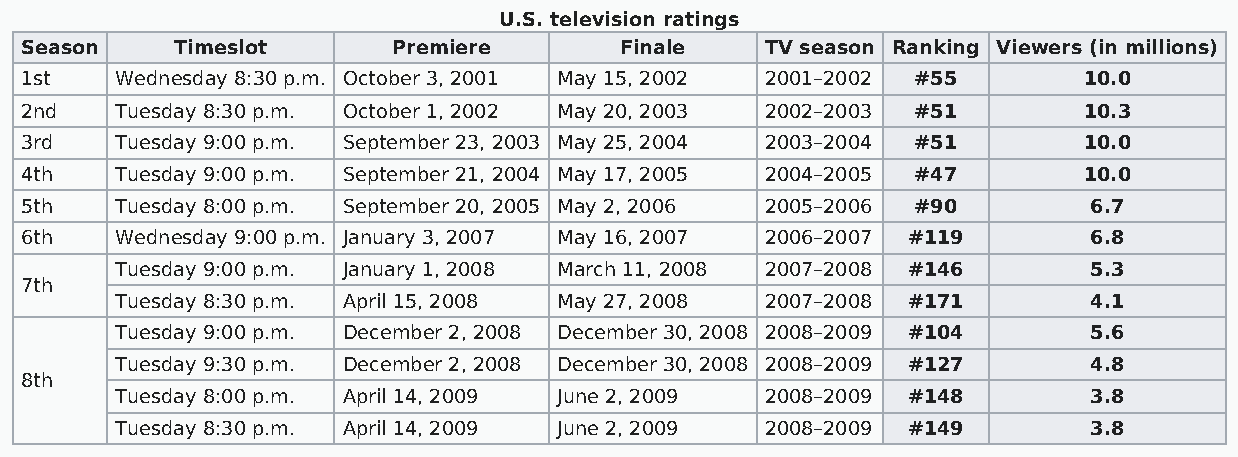
U.S. television ratings
 Season     Timeslot      Premiere       Finale    TV season Ranking Viewers (in millions)
 1st    Wednesday 8:30 p.m. October 3, 2001 May 15, 2002 2001–2002 #55  10.0
 2nd    Tuesday 8:30 p.m. October 1, 2002 May 20, 2003 2002–2003 #51    10.3
 3rd    Tuesday 9:00 p.m. September 23, 2003 May 25, 2004 2003–2004 #51 10.0
 4th    Tuesday 9:00 p.m. September 21, 2004 May 17, 2005 2004–2005 #47 10.0
 5th    Tuesday 8:00 p.m. September 20, 2005 May 2, 2006 2005–2006 #90  6.7
 6th    Wednesday 9:00 p.m. January 3, 2007 May 16, 2007 2006–2007 #119 6.8
 Tuesday 9:00 p.m. January 1, 2008 March 11, 2008 2007–2008 #146 5.3
 7th
 Tuesday 8:30 p.m. April 15, 2008 May 27, 2008 2007–2008 #171    4.1
 Tuesday 9:00 p.m. December 2, 2008 December 30, 2008 2008–2009 #104 5.6
 Tuesday 9:30 p.m. December 2, 2008 December 30, 2008 2008–2009 #127 4.8
 8th
 Tuesday 8:00 p.m. April 14, 2009 June 2, 2009 2008–2009 #148    3.8
 Tuesday 8:30 p.m. April 14, 2009 June 2, 2009 2008–2009 #149    3.8